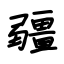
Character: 疆